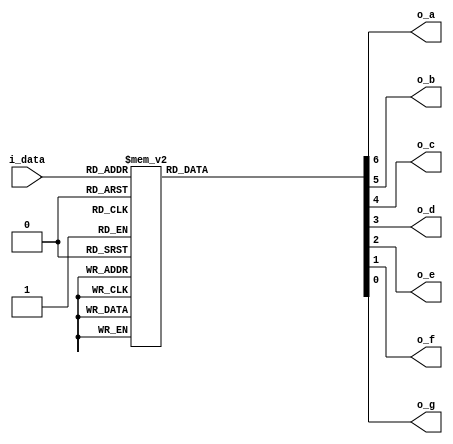
module SevenSegmentLED(
    i_data,
    o_a,
    o_b,
    o_c,
    o_d,
    o_e,
    o_f,
    o_g);
  input [3:0] i_data;
  output      o_a;
  output      o_b;
  output      o_c;
  output      o_d;
  output      o_e;
  output      o_f;
  output      o_g;

  wire  [6:0] w_out;

  function [6:0] Decode;
    input [3:0] data;
    begin
      case (i_data)
        4'h0: Decode = 7'b0000001;
        4'h1: Decode = 7'b1001111;
        4'h2: Decode = 7'b0010010;
        4'h3: Decode = 7'b0000110;
        4'h4: Decode = 7'b1001100;
        4'h5: Decode = 7'b0100100;
        4'h6: Decode = 7'b0100000;
        4'h7: Decode = 7'b0001111;
        4'h8: Decode = 7'b0000000;
        4'h9: Decode = 7'b0000100;
        4'ha: Decode = 7'b0001000;
        4'hb: Decode = 7'b1100000;
        4'hc: Decode = 7'b0110001;
        4'hd: Decode = 7'b1000010;
        4'he: Decode = 7'b0110000;
        4'hf: Decode = 7'b0111000;
      endcase
    end
  endfunction  // Decode

  assign      w_out = Decode(i_data);
  assign      o_a = w_out[6];
  assign      o_b = w_out[5];
  assign      o_c = w_out[4];
  assign      o_d = w_out[3];
  assign      o_e = w_out[2];
  assign      o_f = w_out[1];
  assign      o_g = w_out[0];

endmodule